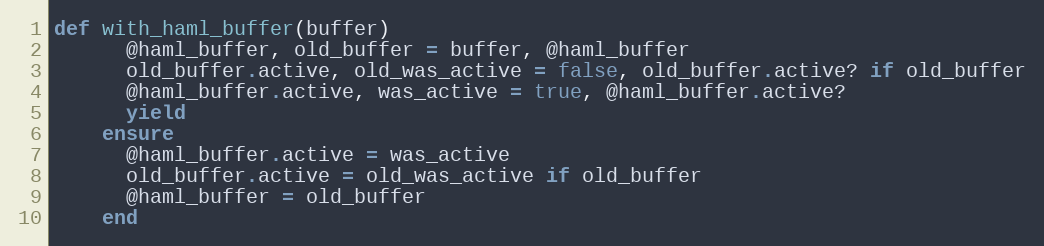
Language: Ruby
def with_haml_buffer(buffer)
      @haml_buffer, old_buffer = buffer, @haml_buffer
      old_buffer.active, old_was_active = false, old_buffer.active? if old_buffer
      @haml_buffer.active, was_active = true, @haml_buffer.active?
      yield
    ensure
      @haml_buffer.active = was_active
      old_buffer.active = old_was_active if old_buffer
      @haml_buffer = old_buffer
    end